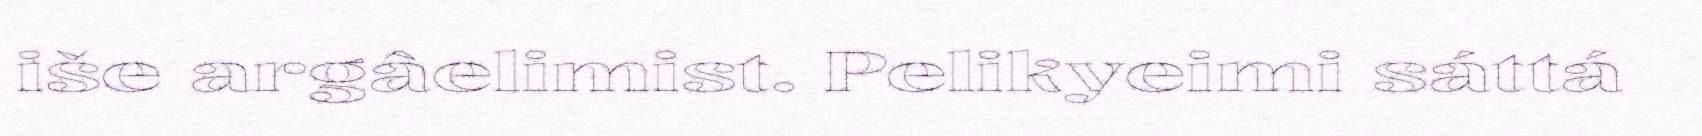
iše argâelimist. Pelikyeimi sáttá